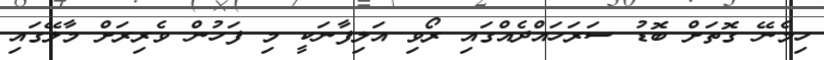
ހިމެނޭ ގޮތަށް ބޮޑު ސަރަހައްދެއްގައި ރޯވި އަލިފާނަކީ މި ފަހުން ވެރިރަށް މާލޭގައި